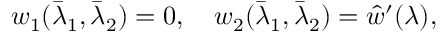
\begin{array} { r } { w _ { 1 } ( \bar { \lambda } _ { 1 } , \bar { \lambda } _ { 2 } ) = 0 , \quad w _ { 2 } ( \bar { \lambda } _ { 1 } , \bar { \lambda } _ { 2 } ) = \hat { w } ^ { \prime } ( \lambda ) , } \end{array}